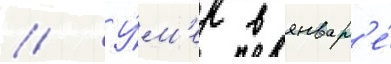
// У́м'ер в январ'е́